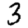
Digit: 3